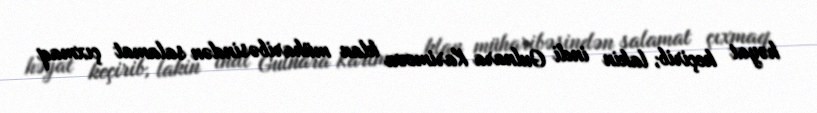
həyat keçirib, lakin indi Gulnara Karimova klan müharibəsindən salamat çıxmaq